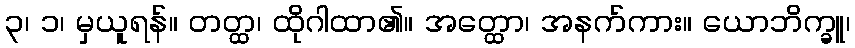
၃၊ ၁၊ မှယူရန်။ တတ္ထ၊ ထိုဂါထာ၏။ အတ္ထော၊ အနက်ကား။ ယောဘိက္ခူ၊